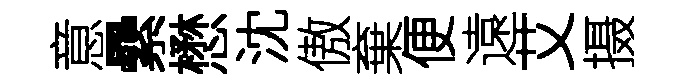
意纍懋沈傲棄便遠艾摄